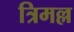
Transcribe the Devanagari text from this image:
त्रिमल्ल